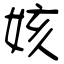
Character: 姟